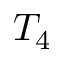
T _ { 4 }